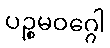
ပဉ္စမဝဂ္ဂေါ